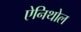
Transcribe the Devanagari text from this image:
ऐनिथोल